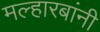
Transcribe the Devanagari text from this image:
मल्हारबांनी